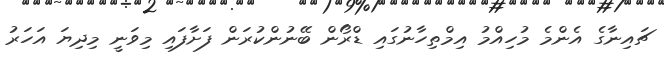
ޗައިނާގެ އެންމެ މުހިއްމު އިމްތިހާނުގައި ޑްރޯން ބޭނުންކުރަން ފަށާފައި މިވަނީ މިދިޔަ އަހަރު